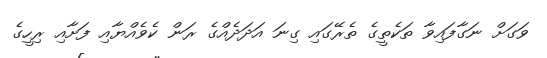
ވަގަށް ނަގާފައިވާ ތަކެތީގެ ތެރޭގައި ގިނަ އަދަދެއްގެ ރަން ކެވެއްޔާއި ފަށާއި ރިހީގެ